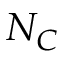
N _ { C }